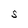
Character: S